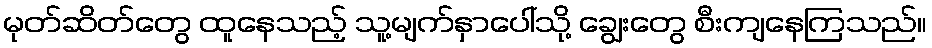
မုတ်ဆိတ်တွေ ထူနေသည့် သူ့မျက်နှာပေါ်သို့ ချွေးတွေ စီးကျနေကြသည်။